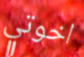
اخوتي